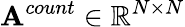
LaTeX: \mathbf{A}^{count}\in\mathbb{R}^{N\times N}